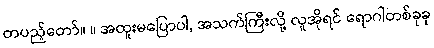
တပည့်တော်။ ။ အထူးမပြောပါ, အသက်ကြီးလို့ လူအိုရင် ရောဂါတစ်ခုခု